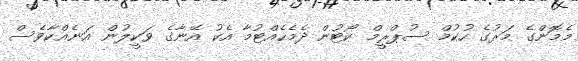
މެމޮންގެ މަރުގެ ހުކުމް ސުޕްރީމް ކޯޓުން ދެމެހެއްޓުމާ އެކު އޭނާގެ ވަކީލުން އަނެއްކާވެސް